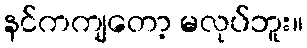
နင်ကကျတော့ မလုပ်ဘူး။